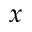
\boldsymbol { x }